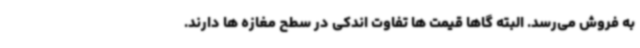
به فروش می‌رسد. البته گاها قیمت ها تفاوت اندکی در سطح مغازه ها دارند.